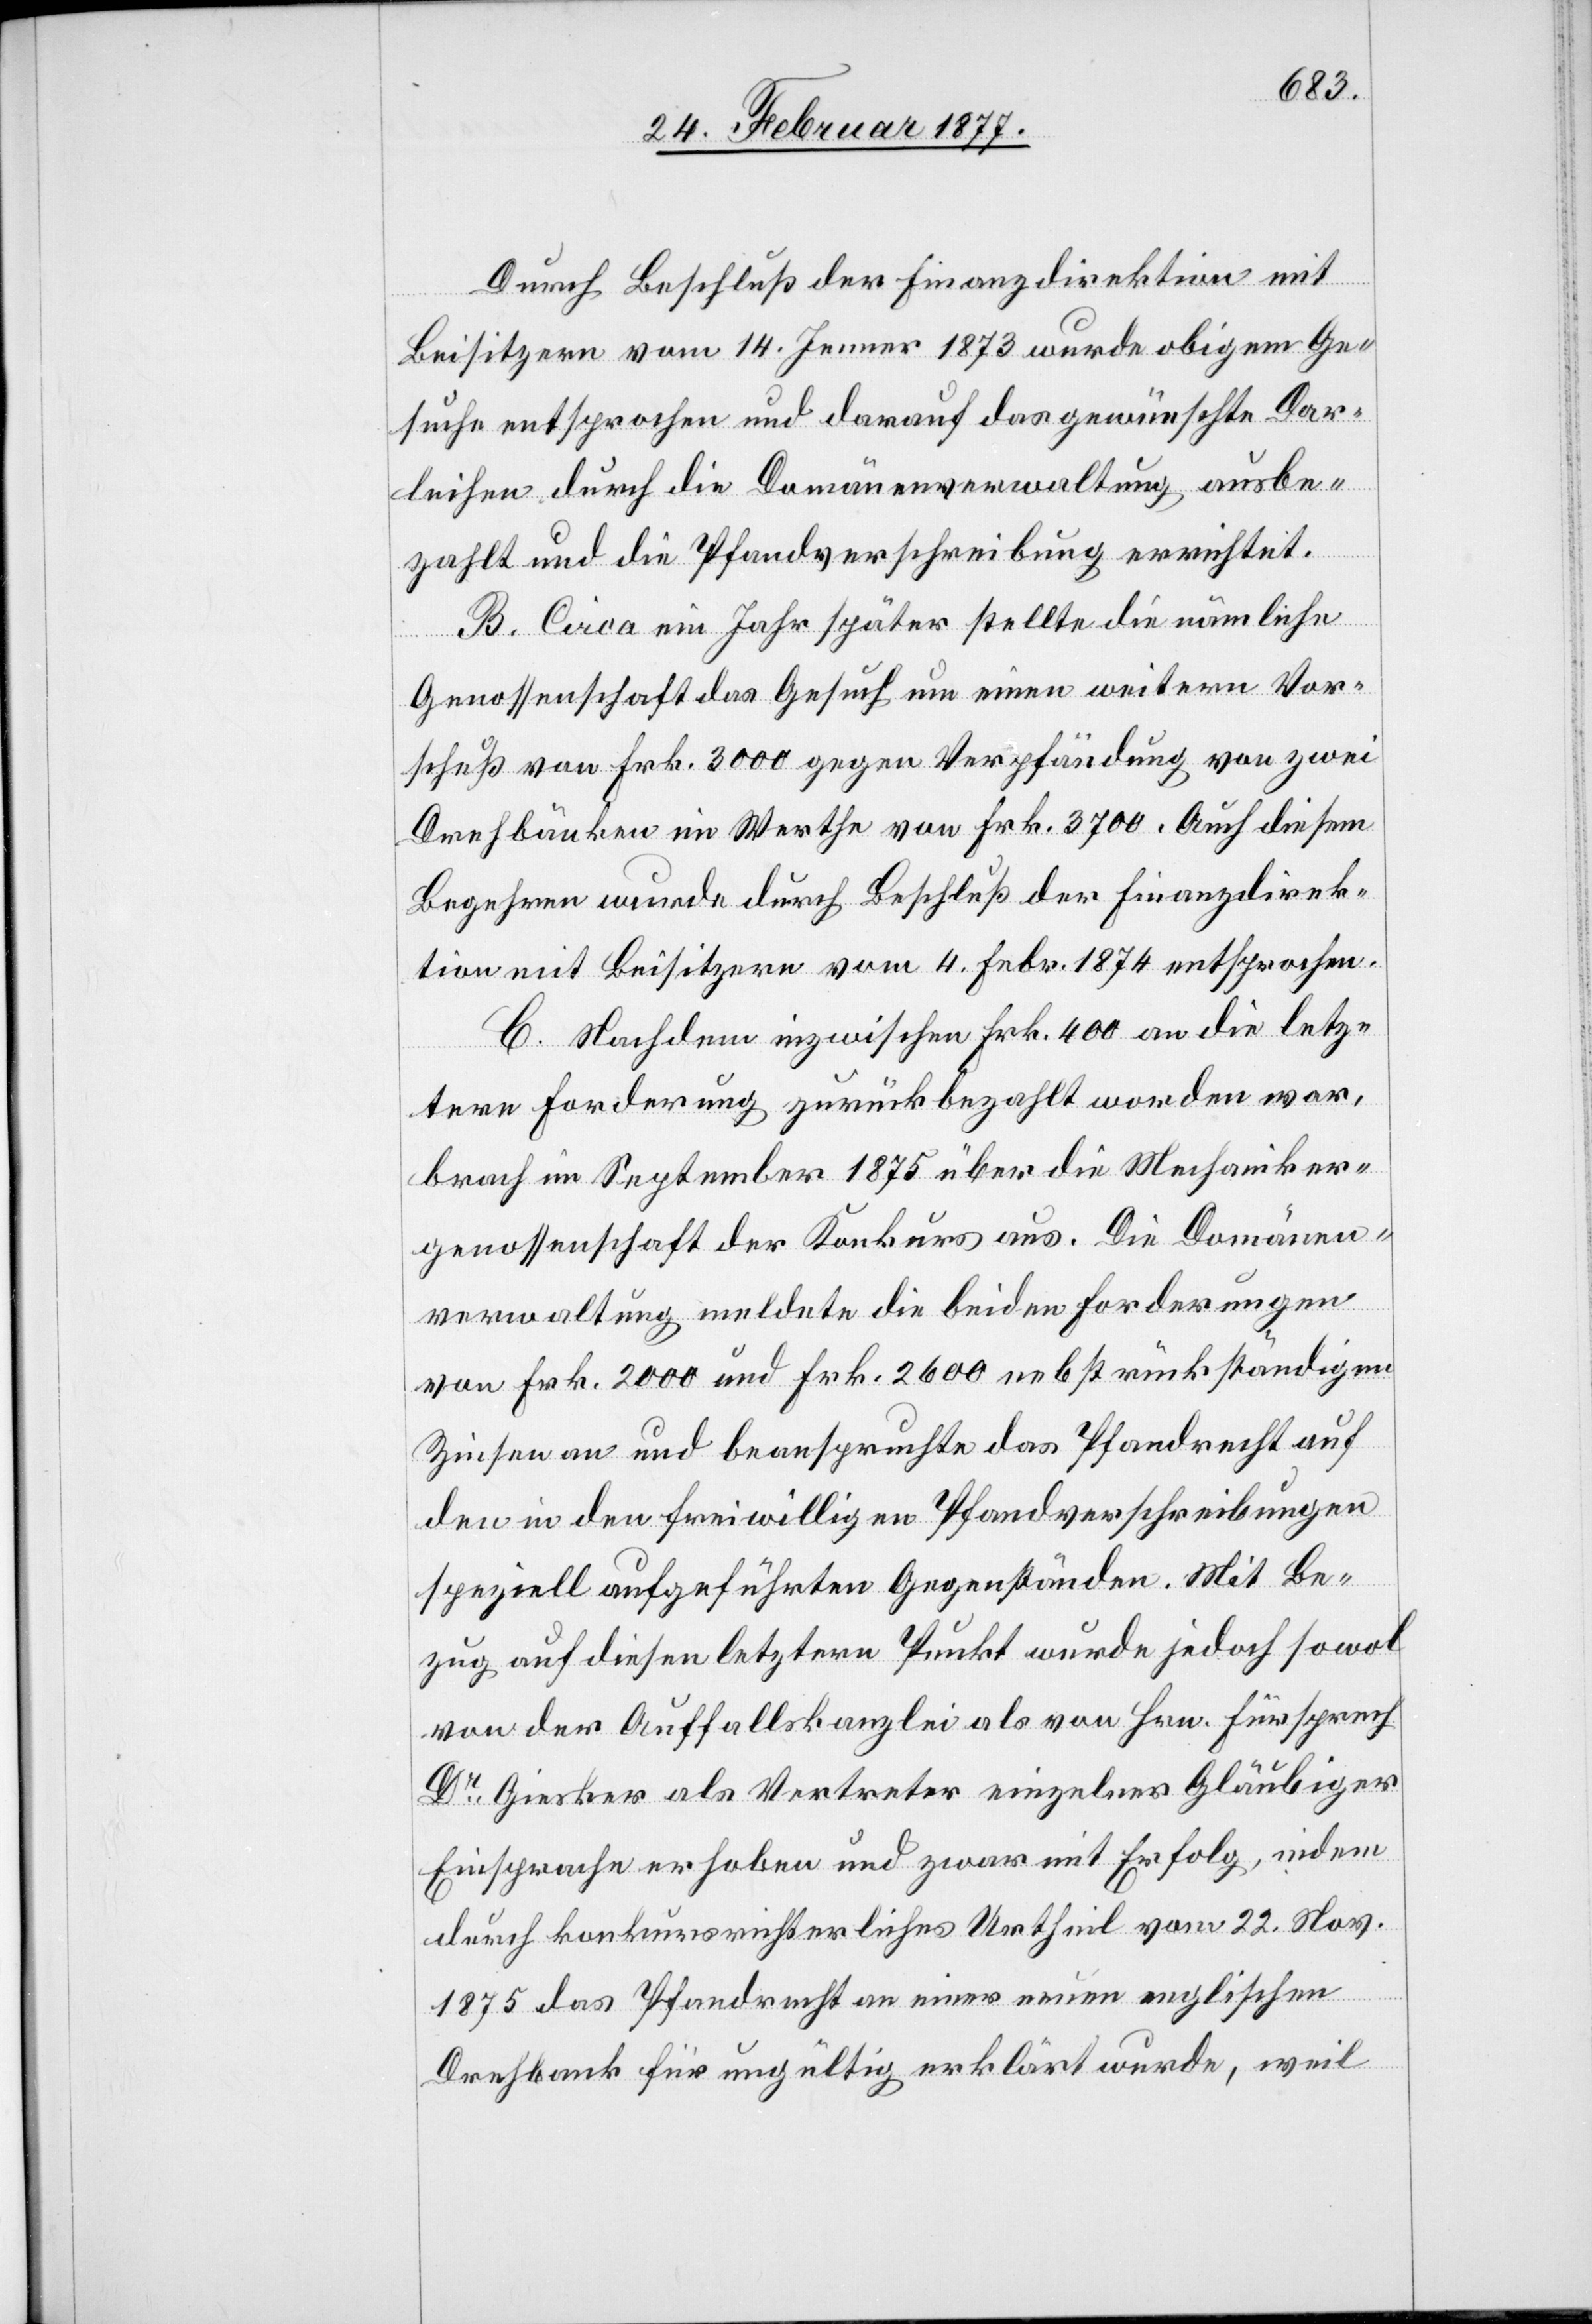
Durch Beschluß der Finanzdirektion mit
Beisitzern vom 14. Jenner 1873 wurde obigem Ge¬
suche entsprochen und darauf das gewünschte Dar¬
leihen durch die Domänenverwaltung ausbe¬
zahlt und die Pfandverschreibung errichtet.
B. Circa ein Jahr später stellte die nämliche
Genossenschaft das Gesuch um einen weitern Vor¬
schuß von Frk. 3000 gegen Verpfändung von zwei
Drehbänken im Werth von Frk. 3700. Auch diesem
Begehren wurde durch Beschluß der Finanzdirek¬
tion mit Beisitzern vom 4. Febr. 1874 entsprochen.
C. Nachdem inzwischen Frk. 400 an die letz¬
tere Forderung zurückbezahlt worden war[en],
brach im September 1875 über die Mechaniker¬
genossenschaft der Konkurs aus. Die Domänen¬
verwaltung meldete die beiden Forderungen
von Frk. 2000 und Frk. 2600 nebst rückständigen
Zinsen an und beanspruchte das Pfandrecht auf
den in den freiwilligen Pfandverschreibungen
speziell aufgeführten Gegenständen. Mit Be¬
zug auf diesen letztern Punkt wurde jedoch sowol
von der Auffallskanzlei als von Hrn. Fürsprech
Dr Giesker als Vertreter einzelner Gläubiger
Einsprache erhoben und zwar mit Erfolg, indem
durch konkursrichterliches Urtheil vom 22. Nov.
1875 das Pfandrecht an einer neuen englischen
Drehbank für ungültig erklärt wurde, weil